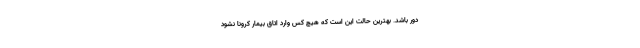
دور باشد. بهترین حالت این است که هیچ کس وارد اتاق بیمار کرونا نشود